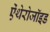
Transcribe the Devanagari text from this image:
ऐंथेरोजॉइड